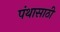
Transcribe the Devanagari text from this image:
पंथासाठी